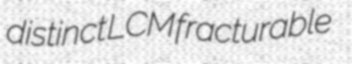
distinct LCM fracturable